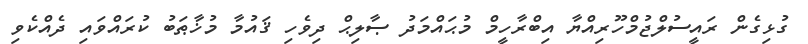
ގުޅިގެން ރައީސުލްޖުމްހޫރިއްޔާ އިބްރާހީމް މުޙައްމަދު ޞާލިޙް ދިވެހި ޤައުމާ މުޚާޠަބު ކުރައްވައި ދެއްކެވި